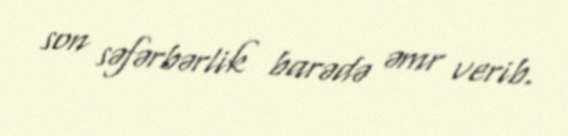
son səfərbərlik barədə əmr verib.